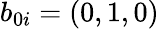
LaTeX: b_{0i}=(0,1,0)